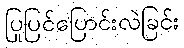
ပြုပြင်ပြောင်းလဲခြင်း